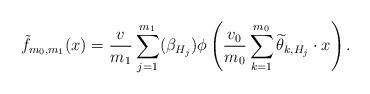
LaTeX: \begin{align*} \tilde{f}_{m_0,m_1}(x) = \frac{v}{m_1}\sum_{j=1}^{m_1} (\beta_{H_j})\phi\left(\frac{v_0}{m_0}\sum_{k=1}^{m_0} \widetilde{\theta}_{k, H_j} \cdot x \right).\end{align*}